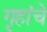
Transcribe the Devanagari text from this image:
गृहांचे